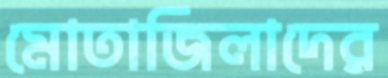
মোতাজিলাদের